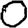
Digit: 0